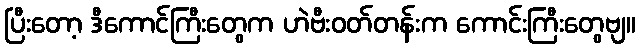
ပြီးတော့ ဒီကောင်ကြီးတွေက ဟဲဗီးဝတ်တန်းက ကောင်းကြီးတွေဗျ။